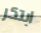
ابتكر